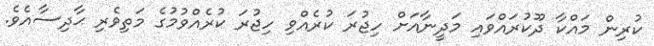
ކުރިން މައްކާ ދޫކުރައްވައި މަދީނާއަށް ހިޖުރަ ކުރެއްވި ހިޖުރަ ކުރެއްވުމުގެ މަތިވެރި ޙާދިސާއެވެ.